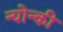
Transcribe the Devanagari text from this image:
न्योन्की